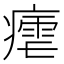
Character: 𭼠